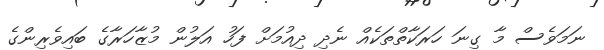
ނަމަވެސް މާ ގިނަ ހަރަކާތްތަކެއް ނެދި ދިއުމަށް ފަހު އަލުން މުޒާހަރާގެ ބައިވެރިންގެ